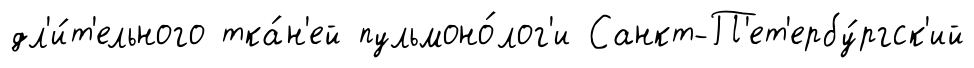
дл'и́т'ельного тка́н'ей пульмоно́лог'и Санкт-П'ет'ербу́ргск'ий